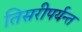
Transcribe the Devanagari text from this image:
तिसरीपर्यन्त